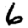
Digit: 6